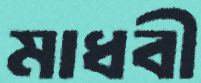
মাধবী